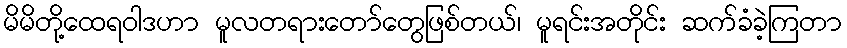
မိမိတို့ထေရဝါဒဟာ မူလတရားတော်တွေဖြစ်တယ်၊ မူရင်းအတိုင်း ဆက်ခံခဲ့ကြတာ